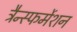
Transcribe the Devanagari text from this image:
ट्रैन्स्फर्मेशन